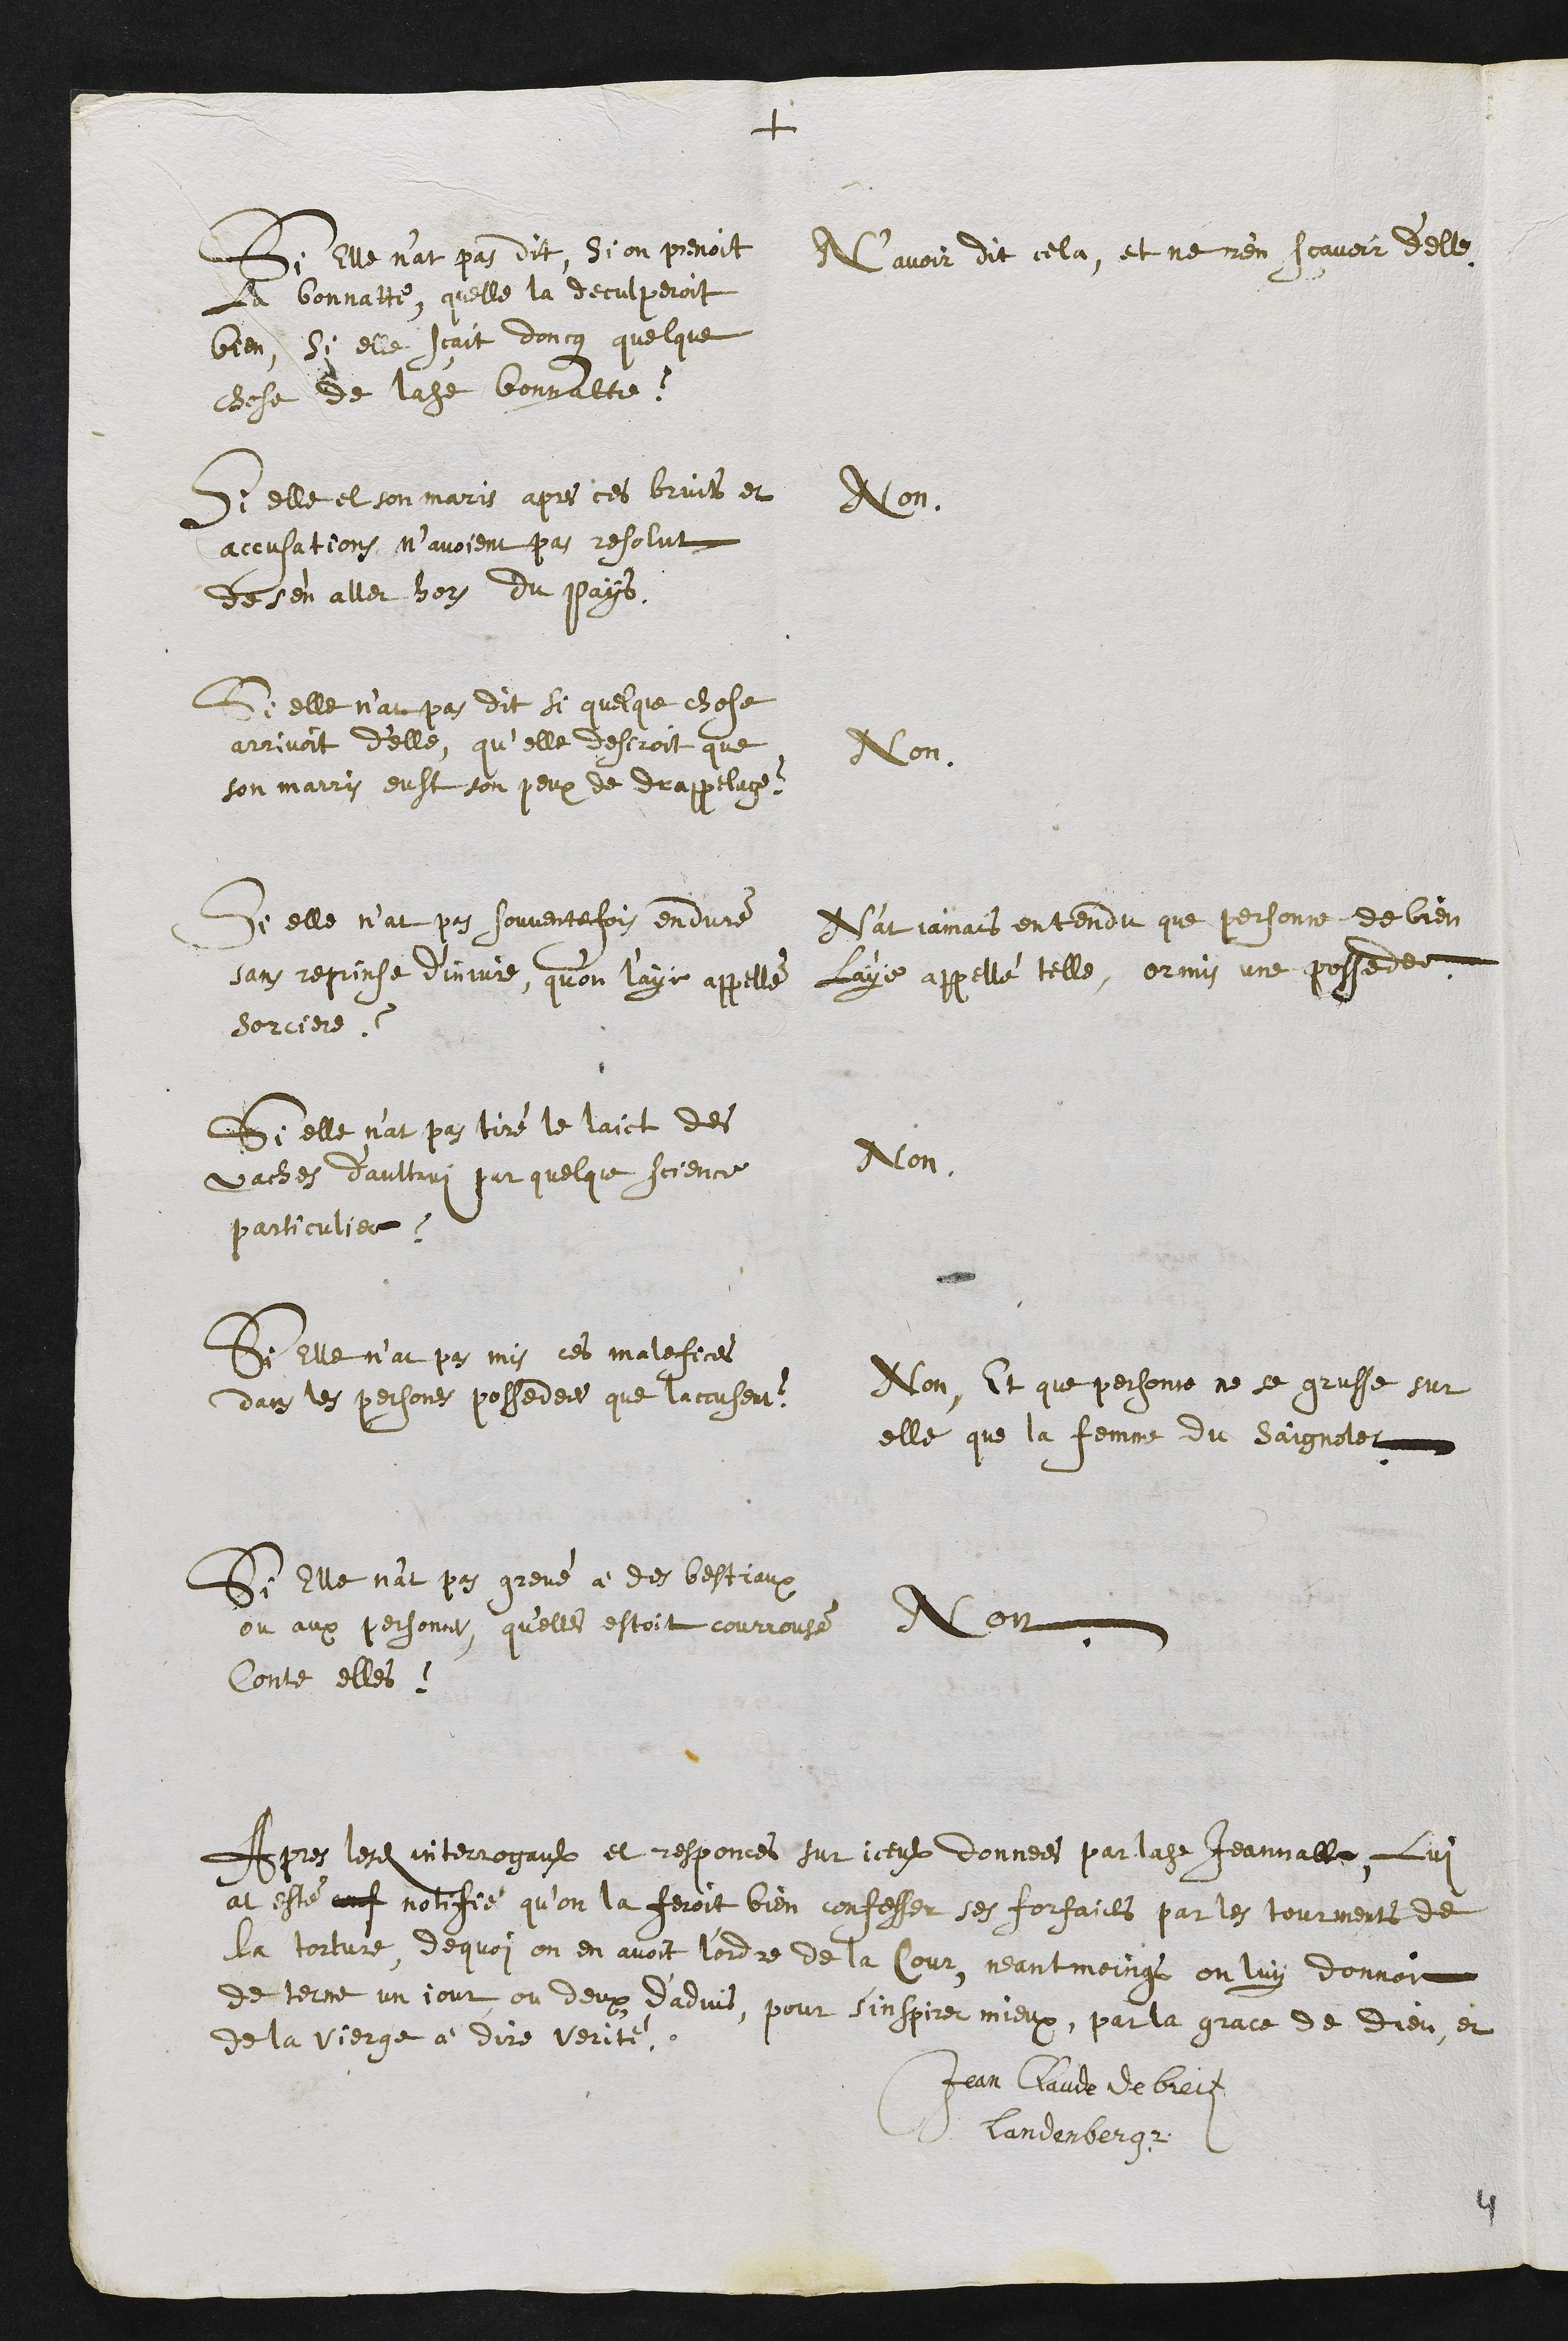
+
Si Elle n'at pas dit, Si on prenoit
La bonnatte, quelle la deculperoit
bien, si elle scait doncque quelque
chose de ladite bonnatte ?
N'avoir dit cela, et ne rien scavoir d’elle.
Si elle et son maris apres ces bruit et
accusations n’avoient pas resolut
de s'en aller hors du pays.
Non.
Si elle n’at pas dit si quelque chose
arrivoit d'elle, qu'elle desiroit que
son marris eust son peux de drappellage ?
Non.
Si elle n’at pas souventefois enduré
sans reprinse d'injure, qu’on l'aye appellé
sorciere ?
N'at jamais entendu que personne de bien
l'aye appellé telle, ormis une possedee.
Si elle n’at pas tiré le laict des
vaches d'aultrui par quelque science
particulier ?
Non.
Si elle n’at pas mis ces malefices
dans les persones possedees que laccusent ?
Non, Et que personne ne se grusse sur
elle que la femme du Saignolet.
Si Elle n'at pas grevé à des bestiaux
ou aux personnes, qu'elles estoit courrousé
Contre elles ?
Non.
Apres lesdits interrogaulx et responces sur iceulx donnees par ladite Jeannatte, lui
at este conf notifié qu’on la feroit bien confesser ses forfaicts par les tourments de
la torture, de quoi on en avoit l'ordre de la Cour, neantmoings on luy donnoit
de terme un jour ou deux d'advis, pour s'inspirer mieux, par la grace de Dieu, et
de la vierge à dire verité.
Jean Claude de breiten
Landenberg
4